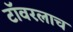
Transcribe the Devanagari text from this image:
टॉवरलाच